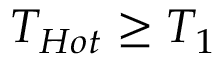
T _ { H o t } \geq T _ { 1 }